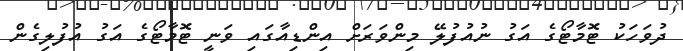
ދުވަހަކު ޓޮމާޓޯގެ އަގު ނުއުފުލޭ މިންވަރަށް އިންޑިއާގައި ވަނީ ޓޮމާޓޯގެ އަގު އުފުލިގެން